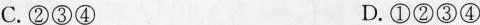
C.②③④ D.①②③④